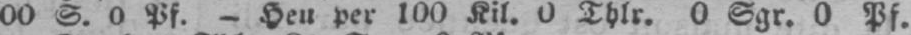
00 S. 0 Pf. - Heu per 100 Kil. 0 Thlr. 0 Sgr. 0 Pf.